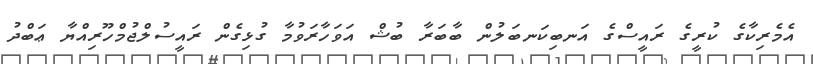
އެމެރިކާގެ ކުރީގެ ރައީސްގެ އަނބިކަނބަލުން ބާބަރާ ބުޝް އަވަހާރަވުމާ ގުޅިގެން ރައީސުލްޖުމްހޫރިއްޔާ ޢަބްދު